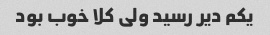
یکم دیر رسید ولی کلا خوب بود